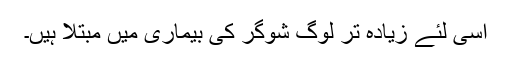
اسی لئے زیادہ تر لوگ شوگر کی بیماری میں مبتلا ہیں۔